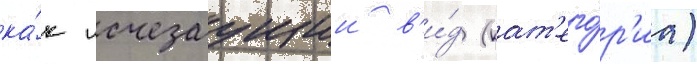
ка́к исчезаущии в'и́д (кат'его́р'иа)